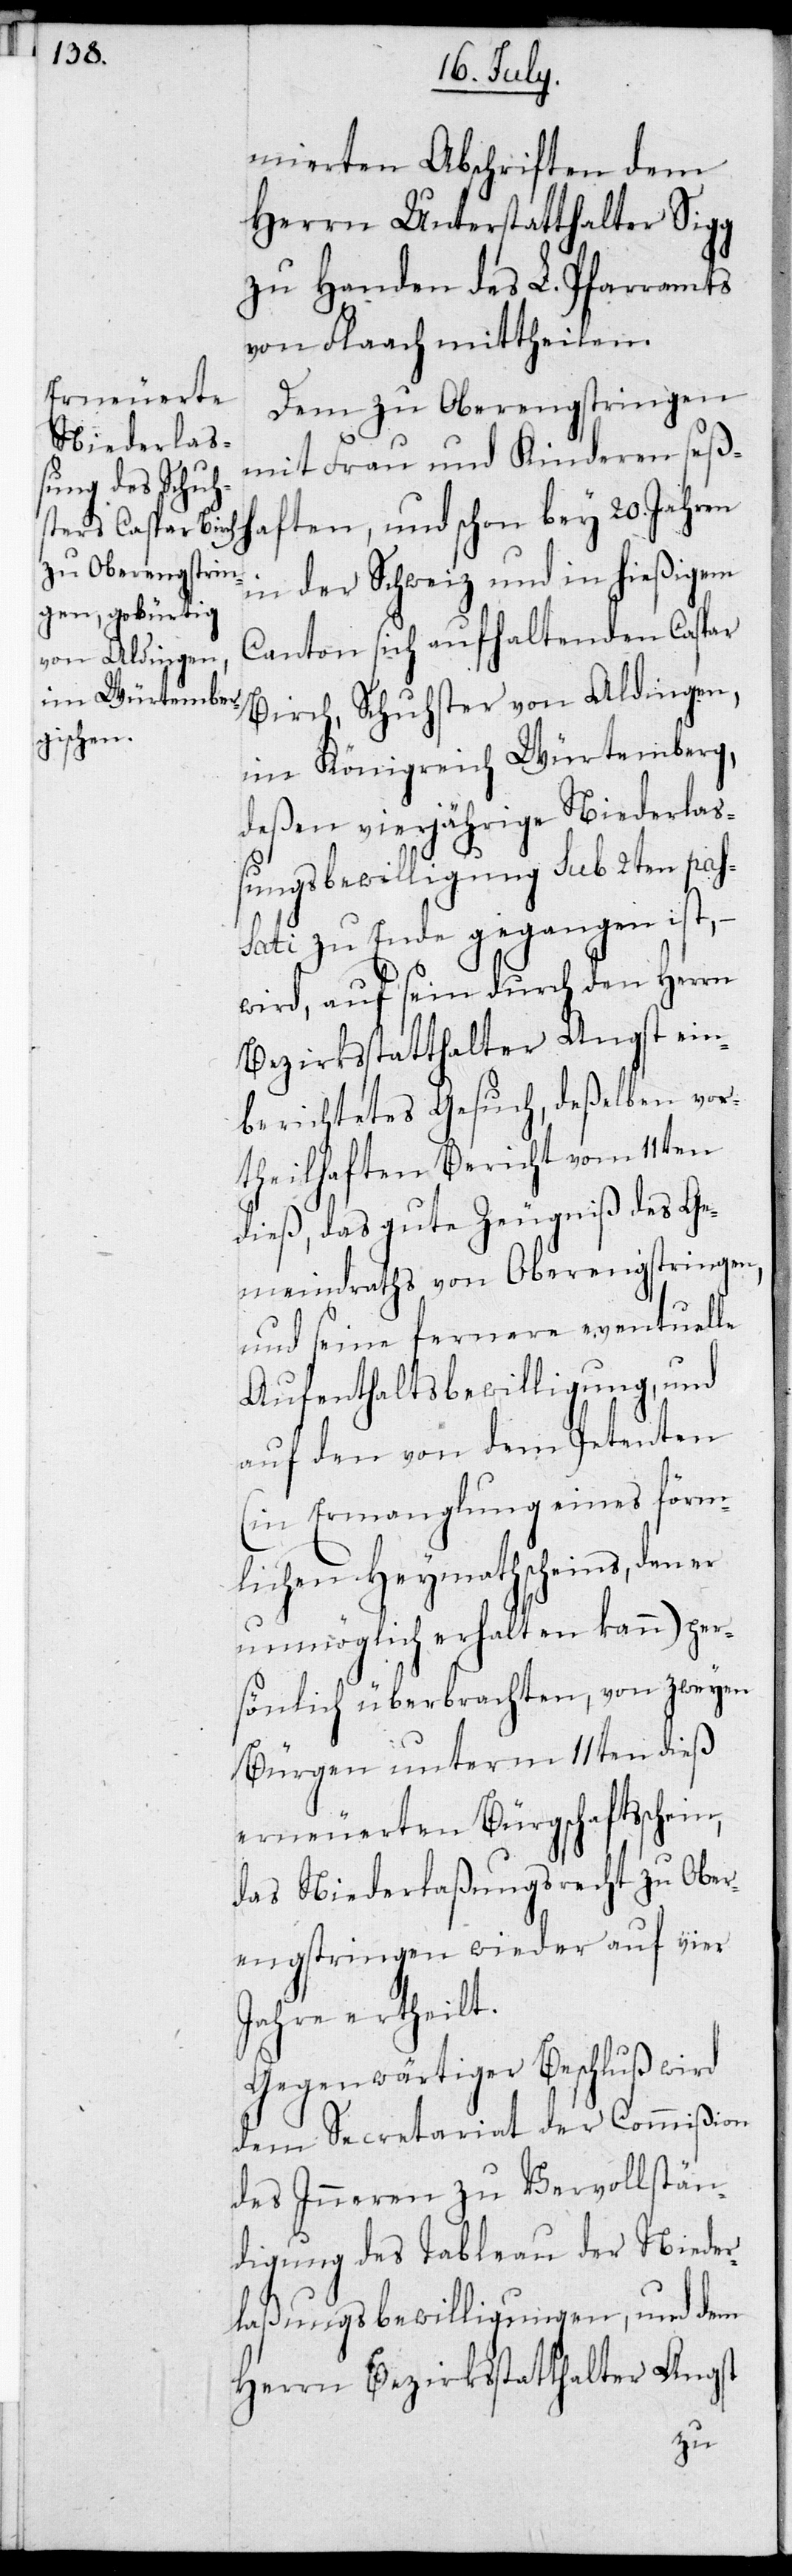
mierten Abschriften dem
Herrn Unterstatthalter Sigg
zu Handen des L. Pfarramts
von Flaach mittheilen.
Dem zu Oberengstringen
mit Frau und Kinderen seß¬
haften, und schon bey 20. Jahren
in der Schweiz und in hießigem
Canton sich aufhaltenden Caspar
Birch, Schuhster von Aldingen,
im Königreich Würtemberg,
deßen vierjährige Niederlaß¬
ungsbewilligung sub 2ten pas¬
ati zu Ende gegangen ist, –
wird, auf sein durch den Herrn
Bezirksstatthalter Angst ein¬
berichtetes Gesuch, deßelben vor¬
theilhaften Bericht von 11ten
dieß, das gute Zeugniß des Ge¬
meindraths von Oberengstringen,
und seine fernere eventuelle
Aufenthaltsbewilligung, und
auf den von dem Petenten
(in Ermanglung eines förm¬
lichen Heymathscheins, den er
unmöglich erhalten kann) per¬
sönlich überbrachten, von zweyen
Bürgen unterm 11ten dieß
erneuerten Bürgschaftsschein,
das Niederlaßungsrecht zu Ober¬
engstringen wieder auf vier
Jahre ertheilt.
Gegenwärtiger Beschluß wird
dem Secretariat der Commißion
des Inneren zu Vervollstän¬
digung des Tableau der Nieder¬
laßungsbewilligungen, und dem
Herrn Bezirksstatthalter Angst